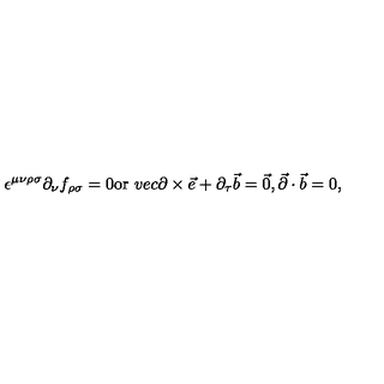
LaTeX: \epsilon ^ { \mu \nu \rho \sigma } \partial _ { \nu } f _ { \rho \sigma } = 0 \mathrm { o r } \ v e c { \partial } \times \vec { e } + \partial _ { \tau } \vec { b } = \vec { 0 } , \vec { \partial } \cdot \vec { b } = 0 ,